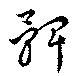
髀